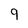
Character: 9